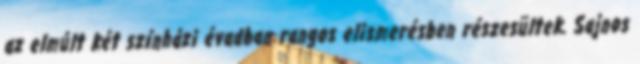
az elmúlt két színházi évadban rangos elismerésben részesültek. Sajnos